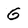
Character: G